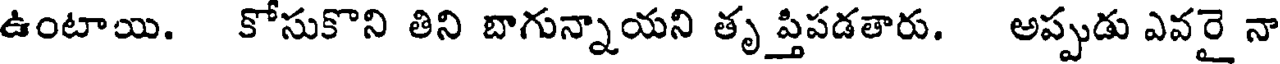
ఉంటాయి. కోసుకొని తిని బాగున్నాయని తృ ప్తిపడతారు. అప్పుడు ఎవరై నా